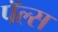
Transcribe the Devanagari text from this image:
पॅल्स